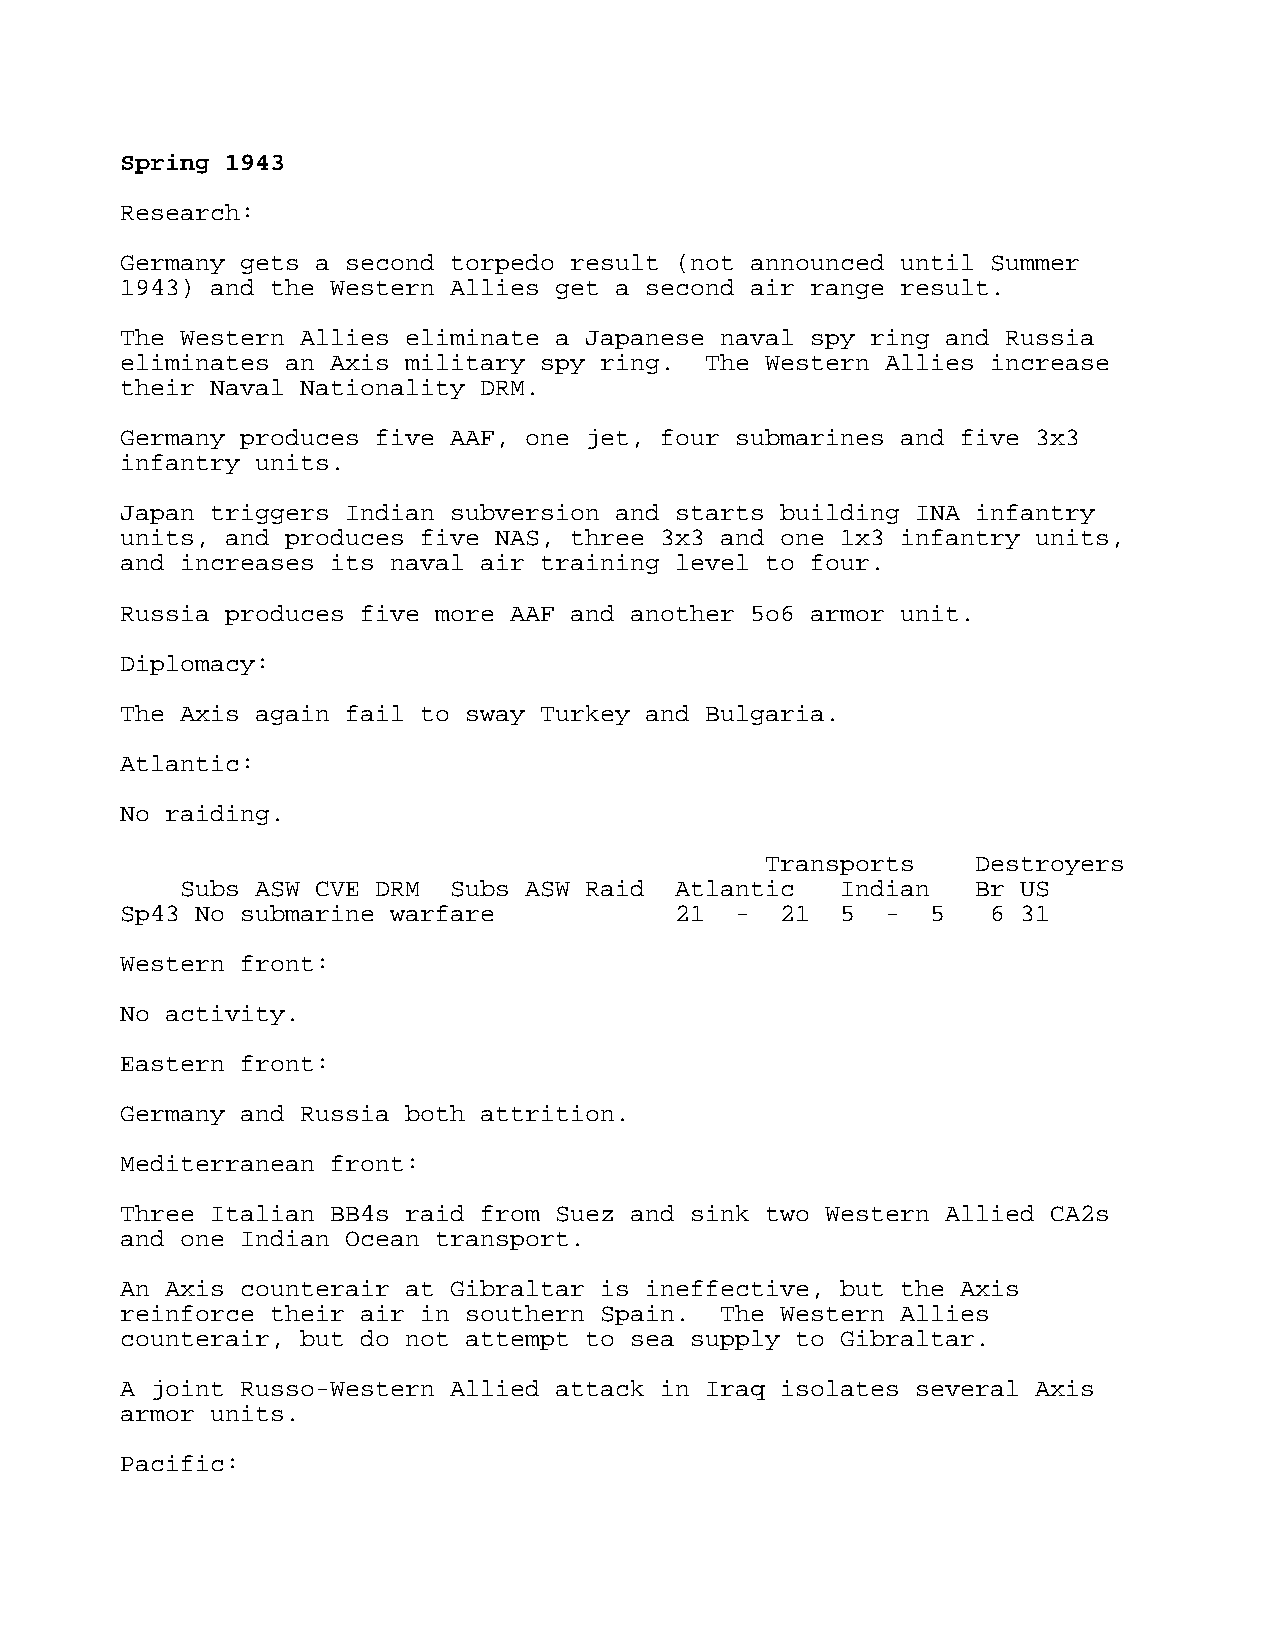
Spring 1943
 Research:
 Germany gets a second torpedo result (not announced until Summer
 1943) and the Western Allies get a second air range result.
 The Western Allies eliminate a Japanese naval spy ring and Russia
 eliminates an Axis military spy ring.  The Western Allies increase
 their Naval Nationality DRM.
 Germany produces five AAF, one jet, four submarines and five 3x3
 infantry units.
 Japan triggers Indian subversion and starts building INA infantry
 units, and produces five NAS, three 3x3 and one 1x3 infantry units,
 and increases its naval air training level to four.
 Russia produces five more AAF and another 5o6 armor unit.
 Diplomacy:
 The Axis again fail to sway Turkey and Bulgaria.
 Atlantic:
 No raiding.
 Transports    Destroyers
 Subs ASW CVE DRM  Subs ASW Raid  Atlantic   Indian   Br US
 Sp43 No submarine warfare            21  -  21  5  -  5   6 31
 Western front:
 No activity.
 Eastern front:
 Germany and Russia both attrition.
 Mediterranean front:
 Three Italian BB4s raid from Suez and sink two Western Allied CA2s
 and one Indian Ocean transport.
 An Axis counterair at Gibraltar is ineffective, but the Axis
 reinforce their air in southern Spain.  The Western Allies
 counterair, but do not attempt to sea supply to Gibraltar.
 A joint Russo-Western Allied attack in Iraq isolates several Axis
 armor units.
 Pacific: